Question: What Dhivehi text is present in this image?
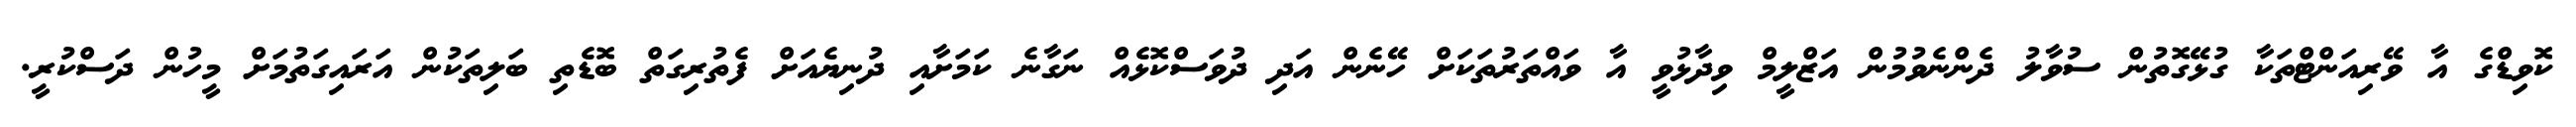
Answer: ކޮވިޑްގެ އާ ވޭރިއަންޓްތަކާ ގުޅޭގޮތުން ސުވާލު ދެންނެވުމުން އަޒްލީމް ވިދާޅުވީ އާ ވައްތަރުތަކަށް ހޭނެން އަދި ދުވަސްކޮޅެއް ނަގާނެ ކަމަށާއި ދުނިޔެއަށް ފެތުރިގަތް ބޮޑެތި ބަލިތަކުން އަރައިގަތުމަށް މީހުން ދަސްކުރީ.